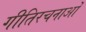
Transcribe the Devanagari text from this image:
गीतिरचनाओं